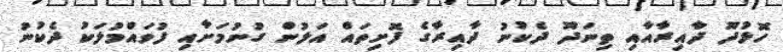
ހޮޅުދޫ ދާއިރާއާއި ތިނަދޫ ދެކުނު ދާއިރާގެ ފޮށިތައް އަލުން ގުނުމަށާއި ފުވައްމުލަކު ދެކުނު